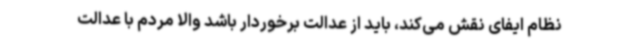
نظام ایفای نقش می‌کند، باید از عدالت برخوردار باشد والا مردم با عدالت